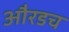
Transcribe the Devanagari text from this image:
औरडच